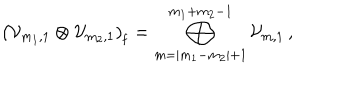
\left( { \cal V } _ { m _ { 1 } , 1 } \otimes { \cal V } _ { m _ { 2 } , 1 } \right) _ { \mathrm f } = \bigoplus _ { m = | m _ { 1 } - m _ { 2 } | + 1 } ^ { m _ { 1 } + m _ { 2 } - 1 } { \cal V } _ { m , 1 } \, ,